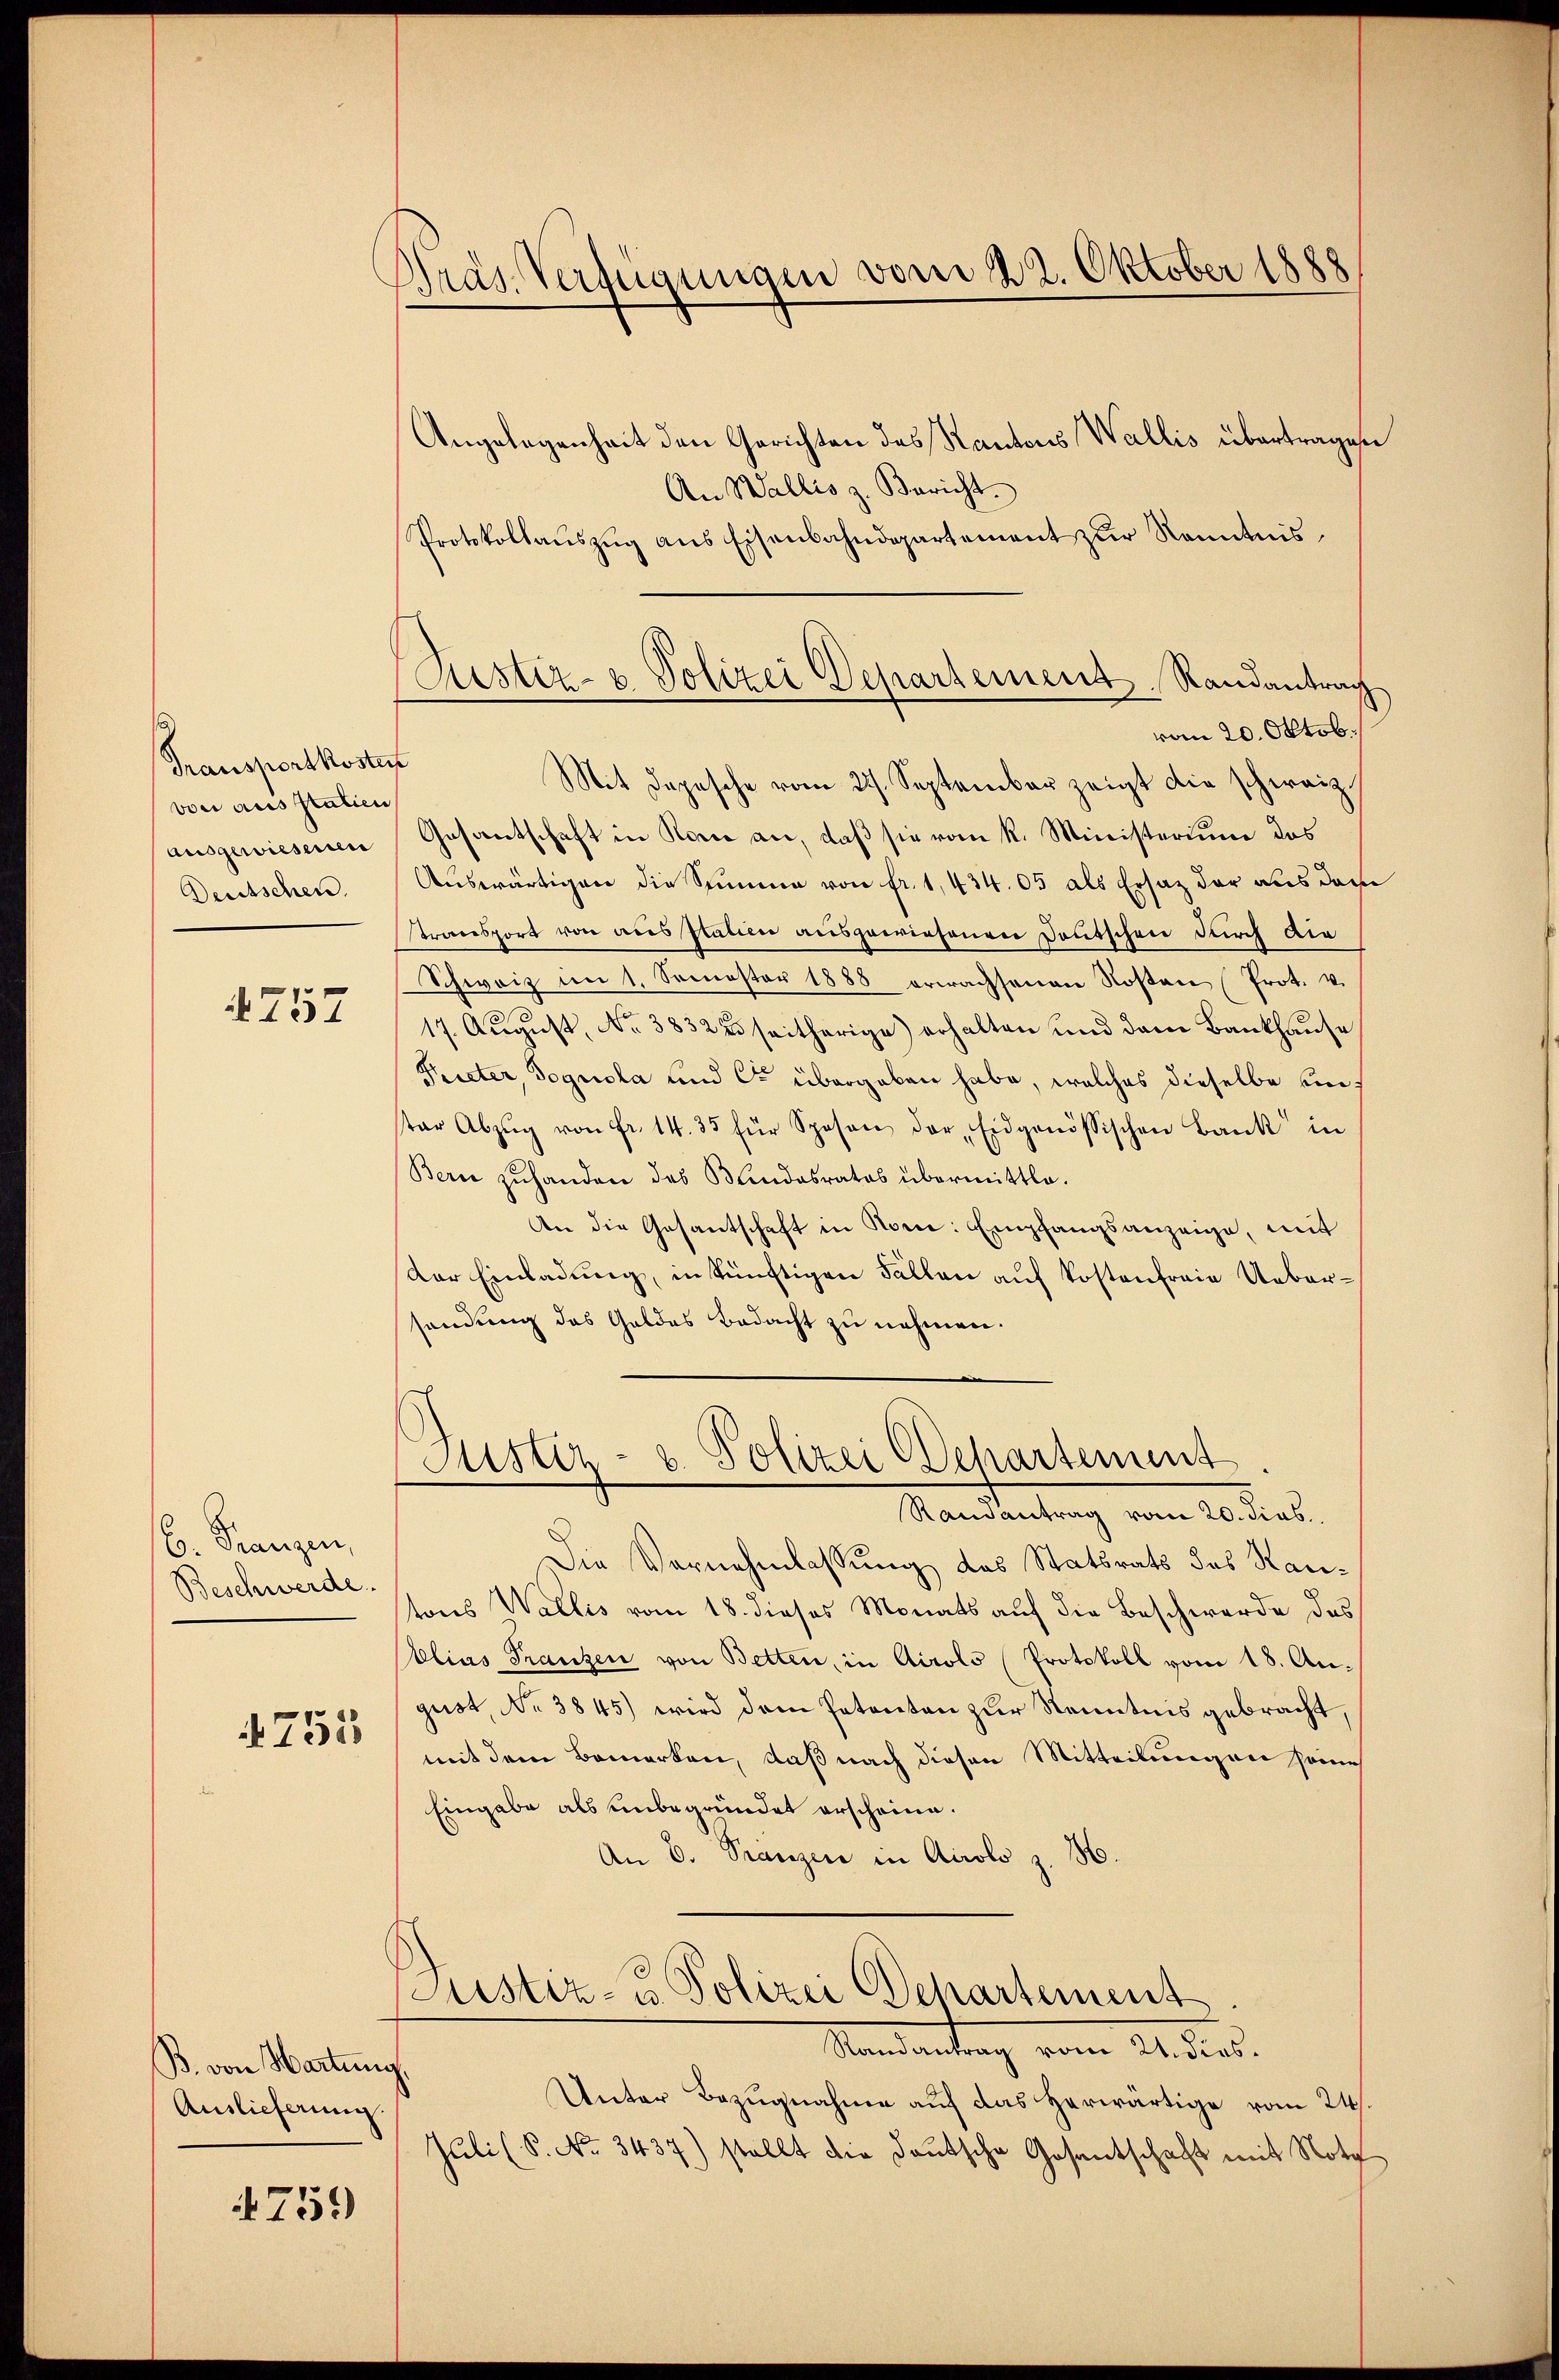
Transportkoste
von aus statien
Ausgewiesenen
Deutschen.

4757

6. Franzen,
Beschwerde.

4752

B. von Wartung
Auslieferung

4759)

Präs. Verfügungen vom 22. Oktober 1888

(Justiz- & Polizei Departement. Randantrag

Angelegenheit den Gerichten des Kantons Wallis übertrages
An Wallis z. Bericht.
Protokollauszug aus Eisenbahndepartement zur Kenntnisvom 20. Oktob.
s
Mit Depesche vom 27. September zeigt die schweiz.
Gesantschaft in Rome an, daß sie vom k. Ministerium das
Auswärtigen die Summe von fr. 1, 434. 05 als Ersatz der aus das
transport von aus Italien ausgewiesenen Deutschen durch Aig
Schweiz im 1. Semester 1888 erwachsenen Kosten (Prot. v.
17. August, No 3832 25 seitherige erhalten und dem Bankhause
Pieter, Dognola und Cr übergeben habe, welches dieselbe untar Abzŭg von fr. 14. 33 für Spesen der Eidgenössischen Bank in
Bern zuhanden des Blindesrates übermittle.
An die Gesantschaft in Rome: Empfangsanzeige, mit
Der Einladung, in künftigen Fällen auf Kostenfreie Uebersendung des Geldes Bedacht zu nehmen.
Justiz- & Polizei (Departement
Randantrag vom 20. dies
Die Vernehmlassung des Statsrats des Rautons Wallis vom 18. dieses Monats auf die Beschwerde des
Clias Franzen von Betten, in Airolo Protokoll vom 18. Angust, No 3845) wird dem Patenten zur Kenntnis gebracht,
mit dem Bemerken, daß nach diesen Mitteilungen seine
Eingabe als unbegründet erscheine.
An 6. Franzen in Airolo z. B
Justiz- u. Polizei Departement
Randantrag vom 21. dies.
Unter Bezugnahme auf das Herwärtige vom 24s.
Juli (S. No. 3437) stellt die Deutsche Gesantschaft mit Nota